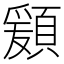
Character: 𩔃